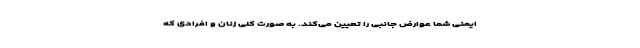
ایمنی شما عوارض جانبی را تعیین می‌کند. به صورت کلی زنان و افرادی که